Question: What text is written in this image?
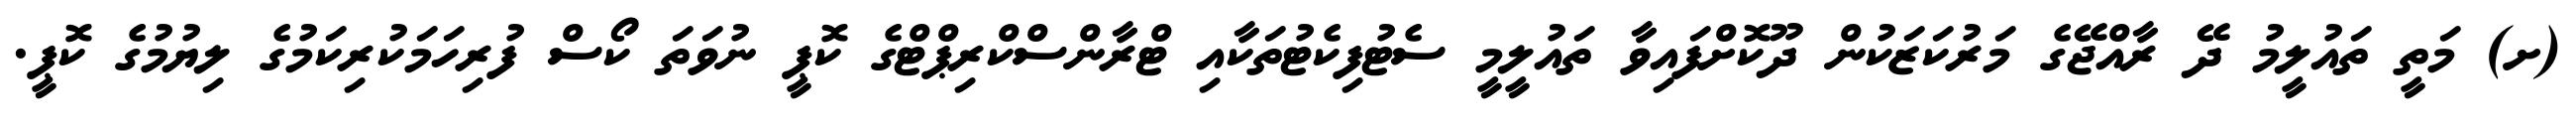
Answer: (ށ) މަތީ ތައުލީމު ދޭ ރާއްޖޭގެ މަރުކަޒަކުން ދޫކޮށްފައިވާ ތައުލީމީ ސެޓުފިކެޓުތަކާއި ޓްރާންސްކްރިޕްޓްގެ ކޮޕީ ނުވަތަ ކޯސް ފުރިހަމަކުރިކަމުގެ ލިޔުމުގެ ކޮޕީ.